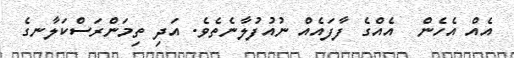
އެއް އެހެން  އެއްގެ ފާފައެއް ނުއުފުލާނެތެވެ. އަދި ތިމަންރަސްކަލާނގެ